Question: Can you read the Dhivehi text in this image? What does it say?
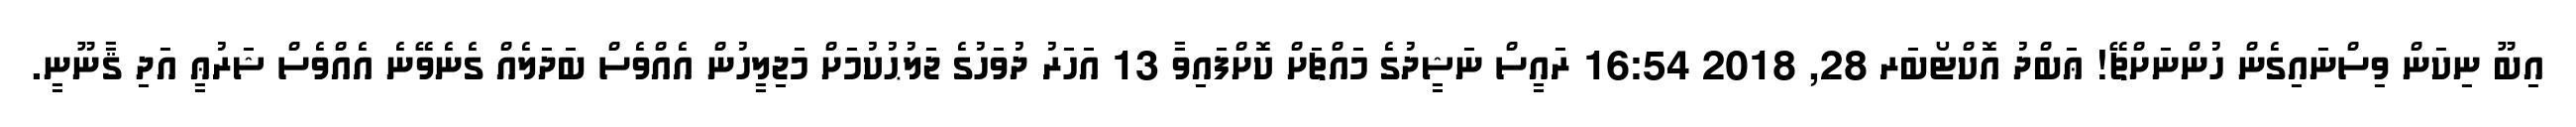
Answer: އިބޫ ނިކަން ވިސްނައިގެން ހުންނަށްޗޭ! ޢަބްދު އޮކްޓޯބަރ 28, 2018 16:54 ރައީސް ނަޝީދުގެ މައްޗަށް ކޮށްފައިވާ 13 އަހަރު ދުވަހުގެ ޖަލުޙުކުމަށް މަޖިލީހުން އެއްވެސް ބަދަލެއް ގެނެވޭނެ އެއްވެސް ޝަރުޢީ އަދި ޤާނޫނީ.